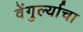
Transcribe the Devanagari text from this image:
वेंगुर्ल्याचा